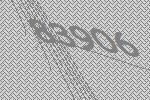
83906